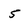
Character: 5